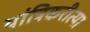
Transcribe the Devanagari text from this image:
यांत्रिकरीत्या